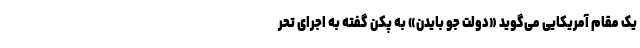
یک مقام آمریکایی می‌گوید «دولت جو بایدن» به پکن گفته به اجرای تحر